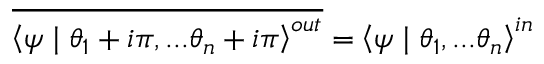
\overline { { { \left\langle \psi \mid \theta _ { 1 } + i \pi , . . . \theta _ { n } + i \pi \right\rangle ^ { o u t } } } } = \left\langle \psi \mid \theta _ { 1 } , . . . \theta _ { n } \right\rangle ^ { i n }